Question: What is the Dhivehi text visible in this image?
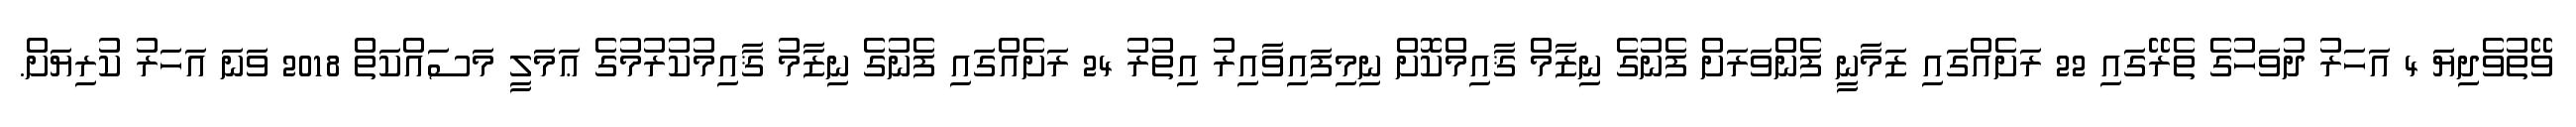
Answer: ވޭތުވެދިޔަ 4 އަހަރު ދުވަހުގެ ތެރޭގައި 22 ރަށެއްގައި ޒަމާނީ ފެންވަރަށް ފެނުގެ ނިޒާމް ޤާއިމްކޮށް ނިމިފައިވާއިރު އިތުރު 24 ރަށެއްގައި ފެނުގެ ނިޒާމު ޤާއިމުކުރުމުގެ ޢަމަލީ މަސައްކަތް 2018 ވަނަ އަހަރު ކުރިޔަށް.